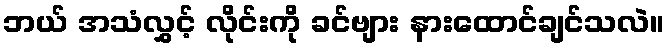
ဘယ် အသံလွှင့် လိုင်းကို ခင်ဗျား နားထောင်ချင်သလဲ။